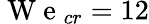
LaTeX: \mathrm{~W~e~}_{cr}=12